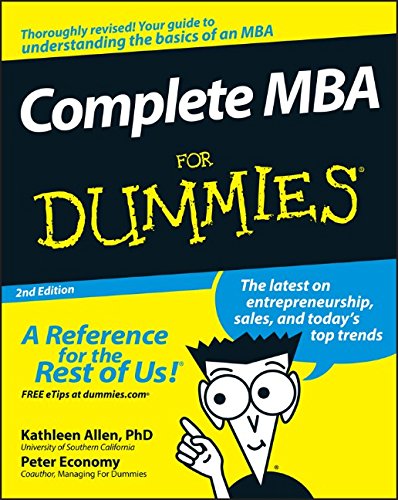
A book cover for Complete MBA For Dummies; Kathleen Allen; Business & Money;